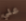
علي